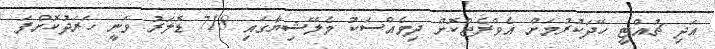
އަދި ޗުއްޓީ ހޭދަކުރުމަށް އެވްރެޖްކޮށް ދިވެއްސަކު މެލޭޝިޔާގައި 718 ޑޮލަރު ވަނީ ހަރަދުކޮށްފަ